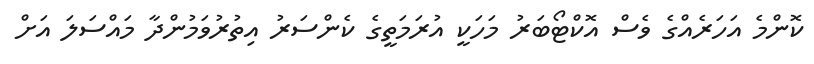
ކޮންމެ އަހަރެއްގެ ވެސް އޮކްޓޯބަރު މަހަކީ އުރަމަތީގެ ކެންސަރު އިތުރުވަމުންދާ މައްސަލަ އަށް